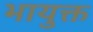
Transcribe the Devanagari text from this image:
भायुक्त